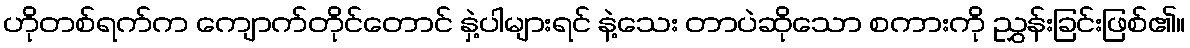
ဟိုတစ်ရက်က ကျောက်တိုင်တောင် နှဲ့ပါများရင် နဲ့သေး တာပဲဆိုသော စကားကို ညွှန်းခြင်းဖြစ်၏။